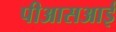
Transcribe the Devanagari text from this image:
पीआसआई